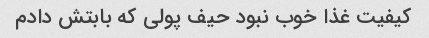
کیفیت غذا خوب نبود حیف پولی که بابتش دادم